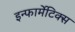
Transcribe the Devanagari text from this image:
इन्फार्मेटिक्स